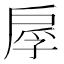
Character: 𫼍